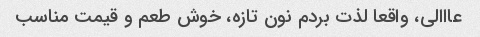
عااالی، واقعا لذت بردم نون تازه، خوش طعم و قیمت مناسب